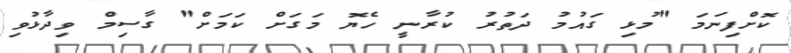
ކޮށްފިނަމަ "މުޅި ގައުމު ދަތުރު ކުރާނީ ހެޔޮ މަގަށް ކަމަށް" ގާސިމް ވިދާޅުވި